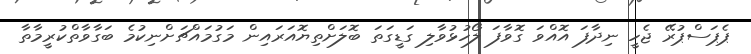
ޕެޕަސްޕުރޭ ޖެހީ ނިދާފަ އޮއްވަ ގޮވާފަ ލޯހުޅުވާލި ގަޑީގަތަ ބޮލަށްތިޔޮއަރައިން މަގުމައްޗަށްނިކުމެ ބަގާވާތްކުރީމާތާ